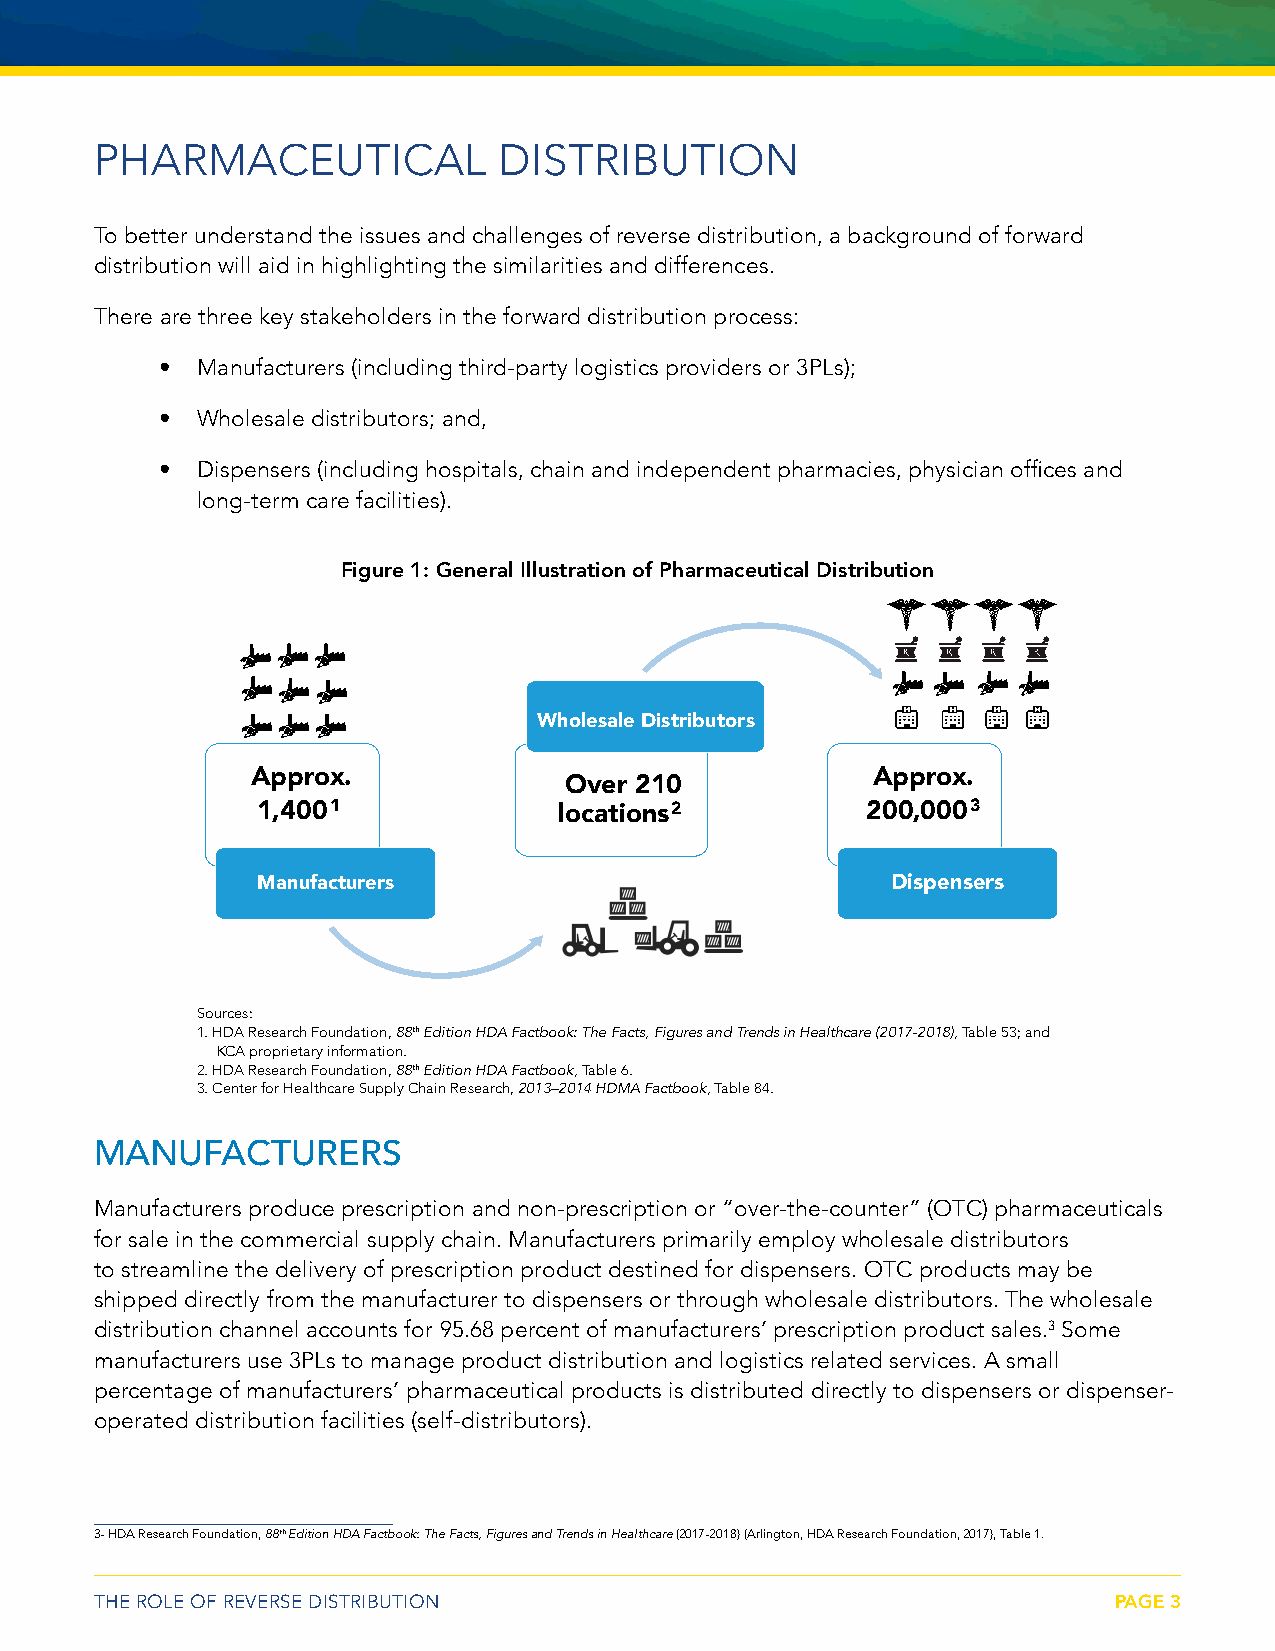
PHARMACEUTICAL             DISTRIBUTION
 To better understand the issues and challenges of reverse distribution, a background of forward
 distribution will aid in highlighting the similarities and differences.
 There are three key stakeholders in the forward distribution process:
 • Manufacturers (including third-party logistics providers or 3PLs);
 • Wholesale distributors; and,
 • Dispensers (including hospitals, chain and independent pharmacies, physician offices and
 long-term care facilities).
 Figure 1: General Illustration of Pharmaceutical Distribution
 Wholesale Distributors
 Approx.                                  Approx.
 Over 210
 1,4001              locations2          200,0003
 Manufacturers                             Dispensers
 Sources:
 1. HDA Research Foundation, 88th Edition HDA Factbook: The Facts, Figures and Trends in Healthcare (2017-2018), Table 53; and
 KCA proprietary information.
 2. HDA Research Foundation, 88th Edition HDA Factbook, Table 6.
 3. Center for Healthcare Supply Chain Research, 2013–2014 HDMA Factbook, Table 84.
 MANUFACTURERS
 Manufacturers produce prescription and non-prescription or “over-the-counter” (OTC) pharmaceuticals
 for sale in the commercial supply chain. Manufacturers primarily employ wholesale distributors
 to streamline the delivery of prescription product destined for dispensers. OTC products may be
 shipped directly from the manufacturer to dispensers or through wholesale distributors. The wholesale
 distribution channel accounts for 95.68 percent of manufacturers’ prescription product sales.3 Some
 manufacturers use 3PLs to manage product distribution and logistics related services. A small
 percentage of manufacturers’ pharmaceutical products is distributed directly to dispensers or dispenser-
 operated distribution facilities (self-distributors).
 3- HDA Research Foundation, 88th Edition HDA Factbook: The Facts, Figures and Trends in Healthcare (2017-2018) (Arlington, HDA Research Foundation, 2017), Table 1.
 THE ROLE OF REVERSE DISTRIBUTION                                    PAGE 3